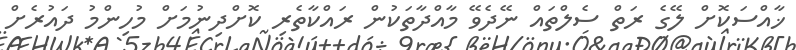
ޚާއްސަކޮށް ލޭގެ ރަތް ސެލްތައް ނޭދެވޭ މާއްދާތަކުން ރައްކާތެރި ކޮށްދިނުމަށް މުހިންމު ދައުރެށް